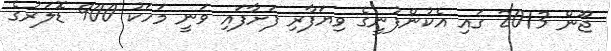
ޖޫން 2013 ގައި އެކުންފުނީގެ ވިޔަފާރި ފަށާފައި ވަނީ މަހަކު 900 ޑޮލަރުގެ